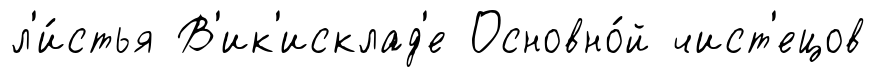
л'и́стья В'ик'исклад'е Основно́й чист'ецов